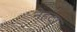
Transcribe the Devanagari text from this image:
नेहटा